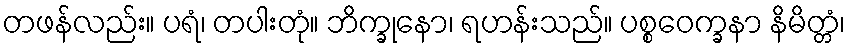
တဖန်လည်း။ ပရံ၊ တပါးတုံ။ ဘိက္ခုနော၊ ရဟန်းသည်။ ပစ္စဝေက္ခနာ နိမိတ္တံ၊